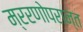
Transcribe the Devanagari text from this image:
म्ररणोपरान्त